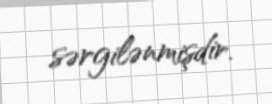
sərgilənmişdir.